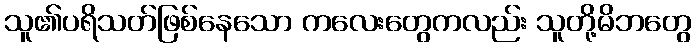
သူ၏ပရိသတ်ဖြစ်နေသော ကလေးတွေကလည်း သူတို့မိဘတွေ